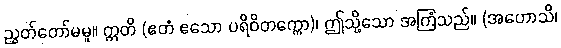
ညွတ်တော်မမူ။ ဣတိ (ဧတံ ဧသော ပရိဝိတက္ကော)၊ ဤသို့သော အကြံသည်။ (အဟောသိ၊